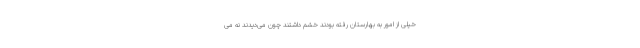
خیلی از امور به بهارستان رفته بودند خشم داشتند چون می‌دیدند نه می